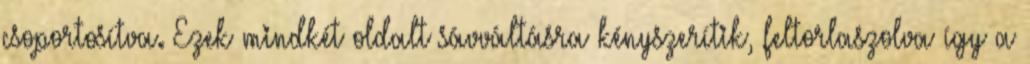
csoportosítva. Ezek mindkét oldalt sávváltásra kényszerítik, feltorlaszolva így a